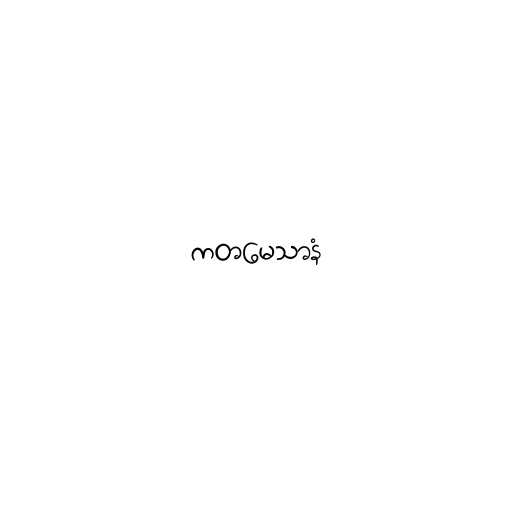
ကတမေသာနံ